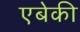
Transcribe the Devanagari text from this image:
एबेकी